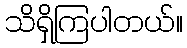
သိရှိကြပါတယ်။